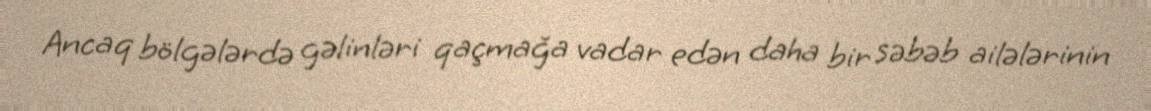
Ancaq bölgələrdə gəlinləri qaçmağa vadar edən daha bir səbəb ailələrinin